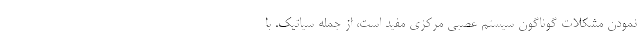
نمودن مشکلات گوناگون سیستم عصبی مرکزی مفید است، از جمله سیاتیک. با